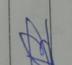
Signature authenticity: forged